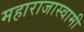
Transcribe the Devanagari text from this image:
महाराजास्‍वामी